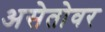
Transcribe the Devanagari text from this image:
असेतोवर